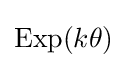
\operatorname {Exp} (k\theta )